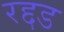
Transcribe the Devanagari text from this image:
रद्दड